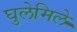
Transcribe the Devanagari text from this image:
घुलेमिले